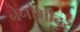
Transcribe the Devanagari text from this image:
नेनोमीटर